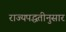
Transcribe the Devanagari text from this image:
राज्यपद्धतीनुसार